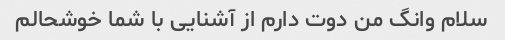
سلام وانگ من دوت دارم از آشنایی با شما خوشحالم